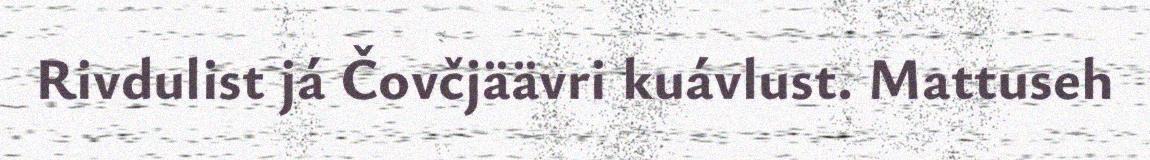
Rivdulist já Čovčjäävri kuávlust. Mattuseh